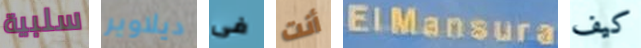
سلبية ديلاوير فى أنت ElMansura كيف